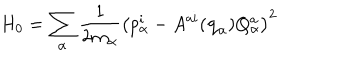
LaTeX: H _ { 0 } = \sum _ { \alpha } { \frac { 1 } { 2 m _ { \alpha } } } \left( p _ { \alpha } ^ { i } - A ^ { a i } ( { \bf q } _ { \alpha } ) Q _ { \alpha } ^ { a } \right) ^ { 2 }